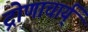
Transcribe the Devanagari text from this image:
द्रोणाचार्य्